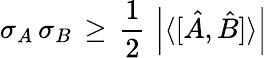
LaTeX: \sigma_{A}\, \sigma_{B}\, \geq\, {\frac{1}{2}}\, \left|\langle[{\hat{A}},{\hat{B}}]\rangle\right|